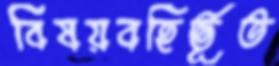
বিষয়বহির্ভূত